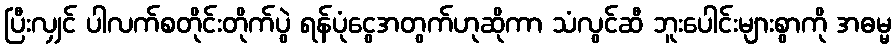
ပြီးလျှင် ပါလက်စတိုင်းတိုက်ပွဲ ရန်ပုံငွေအတွက်ဟုဆိုကာ သံလွင်ဆီ ဘူးပေါင်းများစွာကို အဓမ္မ